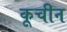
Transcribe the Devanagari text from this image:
कूचीन